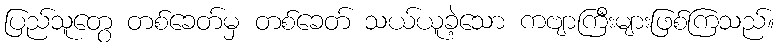
ပြည်သူတွေ တစ်ခေတ်မှ တစ်ခေတ် သယ်ယူခဲ့သော ကဗျာကြီးများဖြစ်ကြသည်။